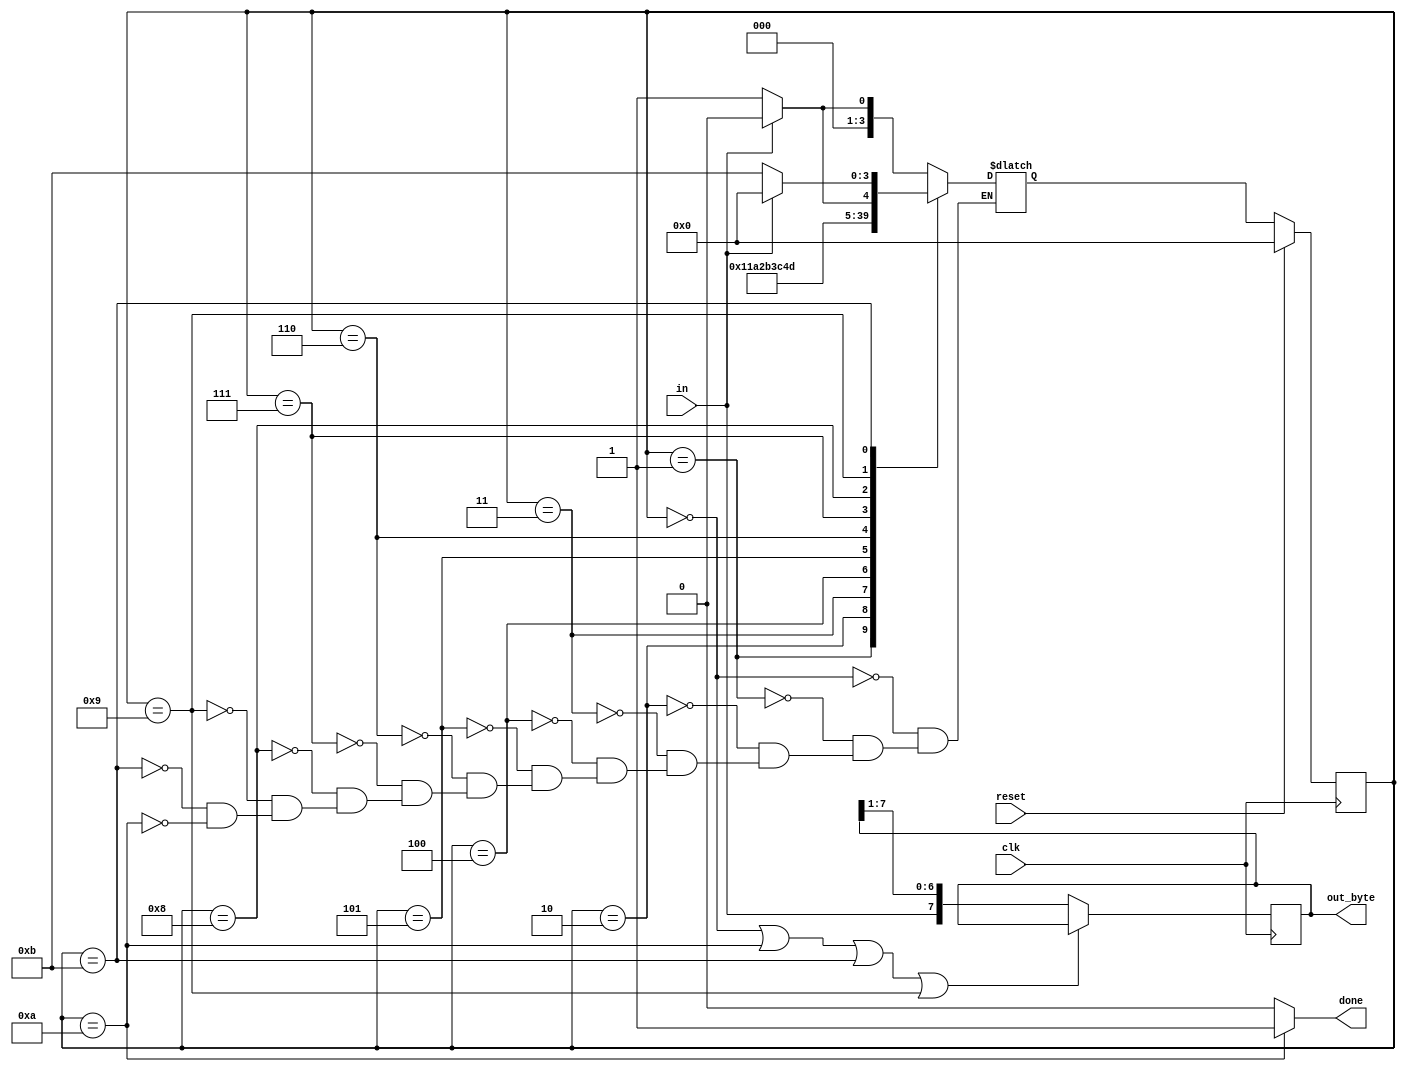
module top_module(
    input clk,
    input in,
    input reset,    // Synchronous reset
    output [7:0] out_byte,
    output done
); //

    // Use FSM from Fsm_serial
	localparam idle = 0, start = 1, b0 = 2, b1 = 3, b2 = 4, b3 = 5, b4 = 6, b5 = 7, b6 = 8, b7 = 9, stop = 10, WAIT = 11;
    
    reg [3:0] current_state, next_state;
    
    always @(*) begin
        case(current_state)
            idle: next_state <= (in==1'b0)?start:idle;
            start: next_state <= b0;
            b0: next_state <= b1;
            b1: next_state <= b2;
            b2: next_state <= b3;
            b3: next_state <= b4;
            b4: next_state <= b5;
            b5: next_state <= b6;
            b6: next_state <= b7;
            b7: next_state <= (in)?stop:WAIT;
            WAIT: next_state <= (in)?idle:WAIT;
            stop: next_state <= (in==1'b0)?start:idle;
            
        endcase
    end
    
    always @(posedge clk) begin
        if (reset) current_state <= idle;
        else current_state <= next_state;
    end
    
    assign done = (current_state == stop)?1'b1:1'b0;
    // New: Datapath to latch input bits.
    
    always @(posedge clk) begin
        out_byte <= (current_state == idle | current_state == stop | current_state == WAIT | current_state == b7)?out_byte:{in, out_byte[7:1]};
    end

endmodule